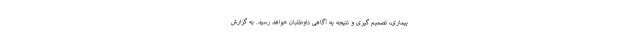
بیماری، تصمیم گیری و نتیجه به آگاهی داوطلبان خواهد رسید. به گزارش